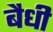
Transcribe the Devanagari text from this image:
बैधी